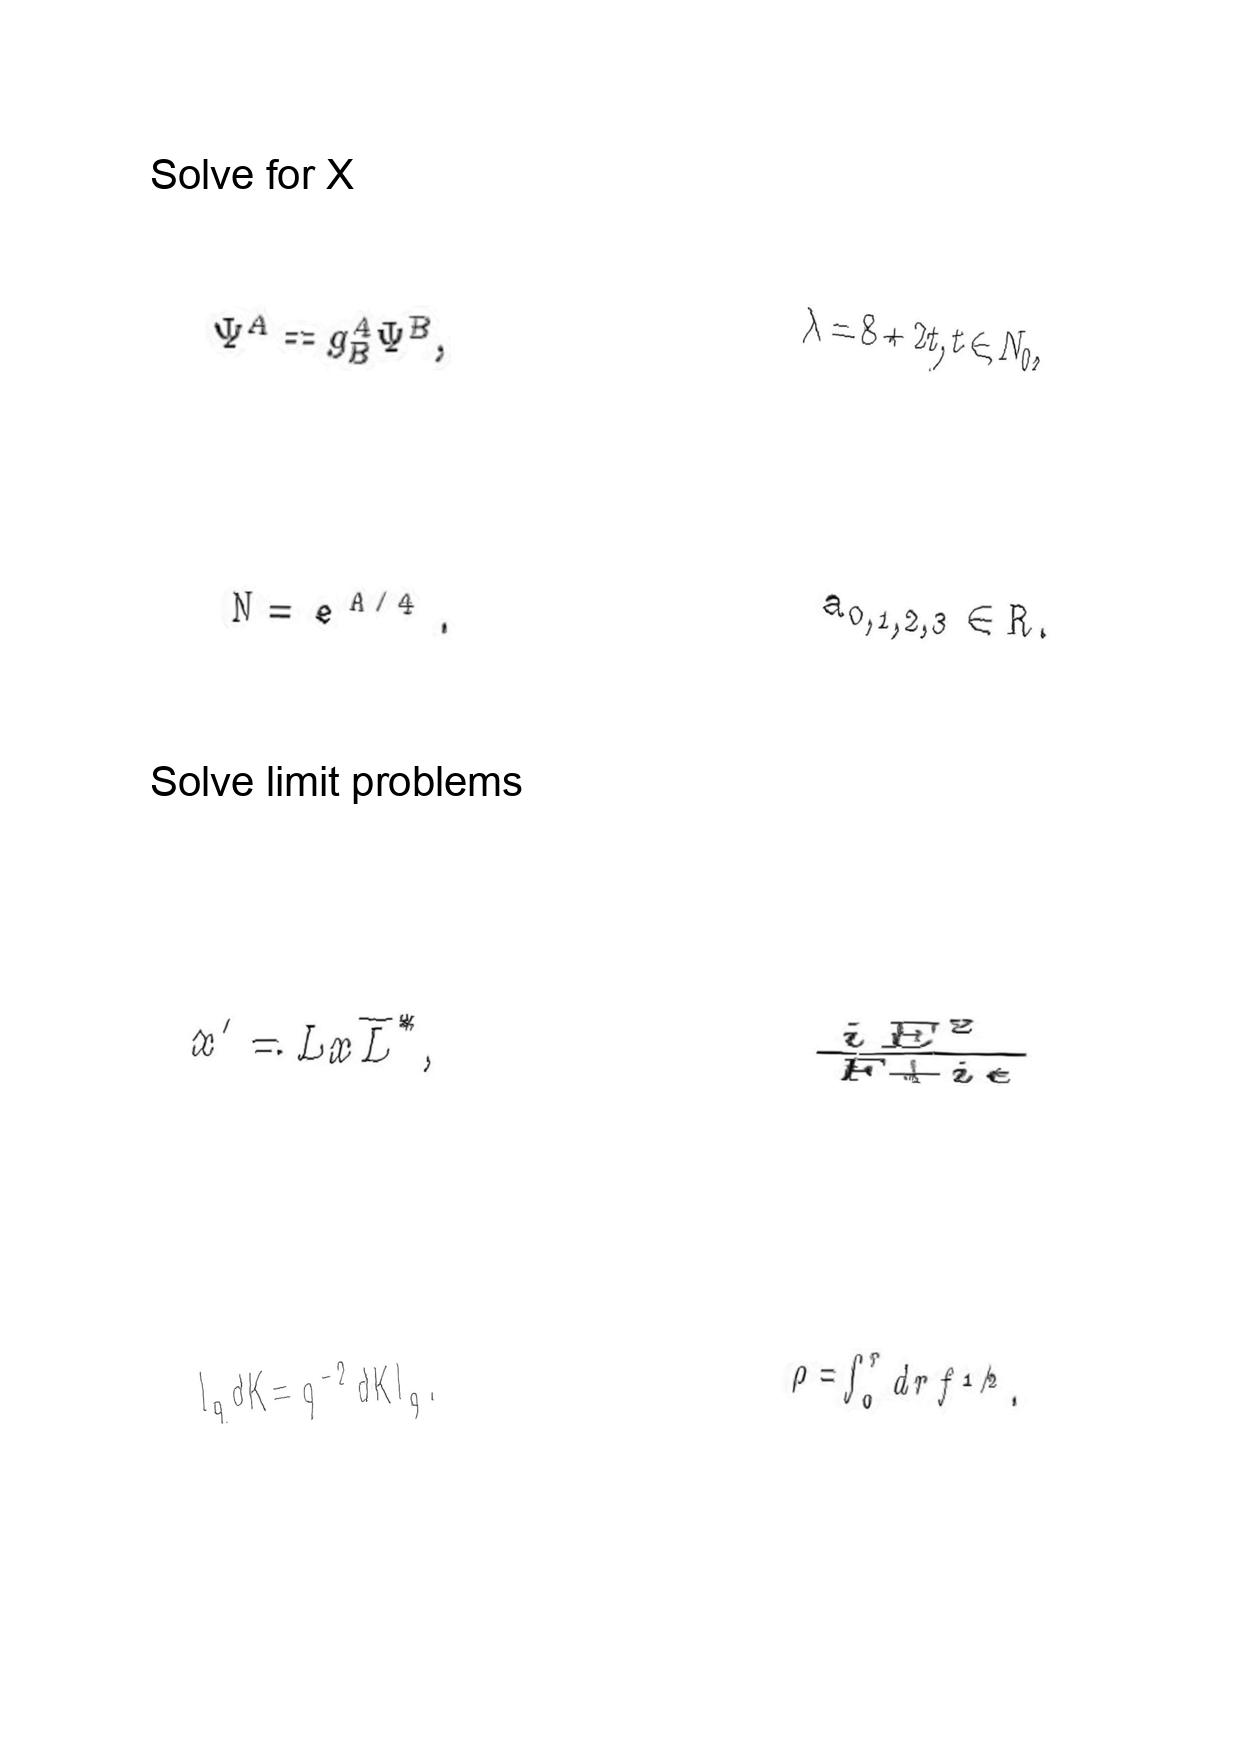
LaTeX transcription:
\Psi ^ { A } = g ^ { A } _ { B } \Psi ^ { B } ,
N = e ^ { A / 4 } .
x ^ { \prime } = L x \overline { L } ^ { \ast } ,
l _ { q } d K = q ^ { - 2 } d K l _ { q } .
\lambda = 8 + 2 t , t \in N _ { 0 } ,
a _ { 0 , 1 , 2 , 3 } \in R .
\frac { i E ^ { 2 } } { F + i \epsilon }
\rho = \int _ { 0 } ^ { r } d r f ^ { 1 / 2 } .